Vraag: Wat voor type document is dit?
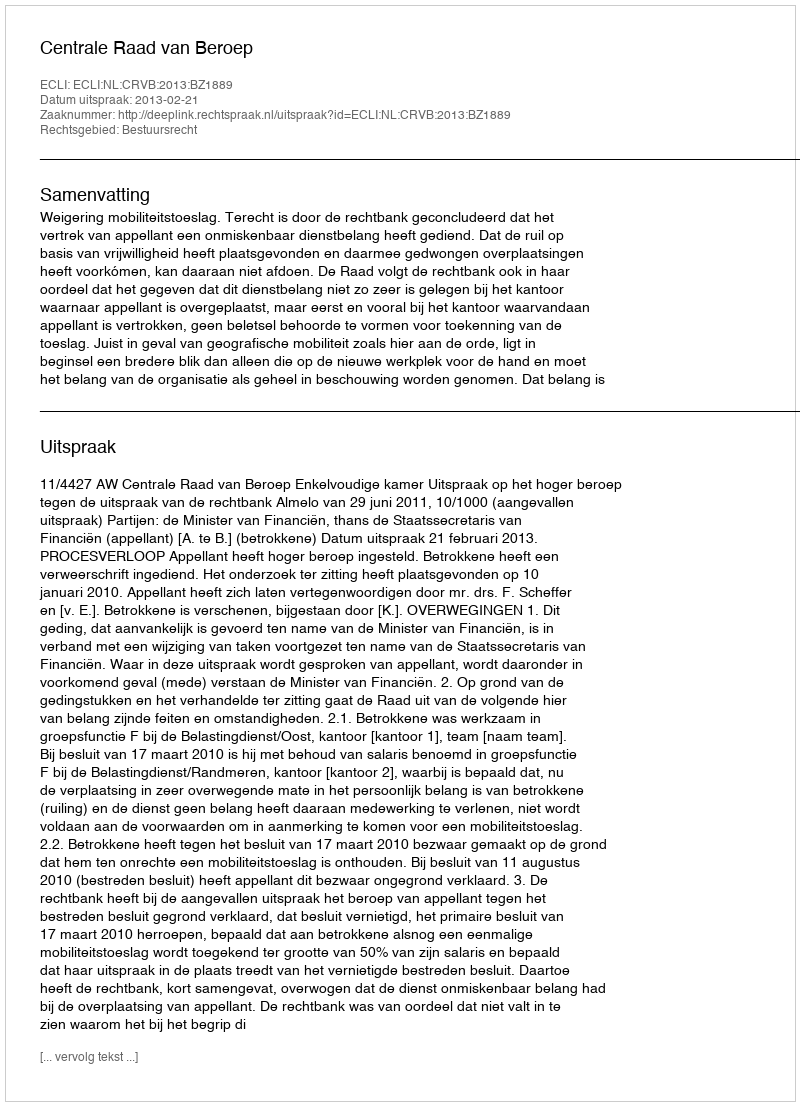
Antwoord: Uitspraak